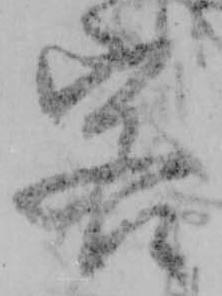
客